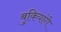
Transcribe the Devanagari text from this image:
बुकियांगे